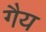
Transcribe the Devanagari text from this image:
गैय